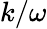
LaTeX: k/\omega